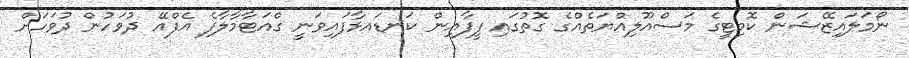
ނޯމަލައިޒޭޝަން ކޮމިޓީގެ މަސްއޫލިއްޔަތެއްގެ ގޮތުގައި ފީފާއިން ކަނޑައޅާފައިވަނީ ގްއަޓާމާލާފެ އެފްއޭ ދުވަހުން ދުވަހަށް